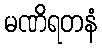
မဏိရတနံ